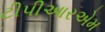
ટીપીઆરએમ